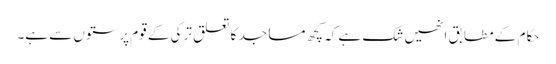
حکام کے مطابق انھیں شک ہے کہ کچھ مساجد کا تعلق ترکی کے قوم پرستوں سے ہے۔